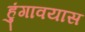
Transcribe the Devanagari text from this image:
हुंगावयास